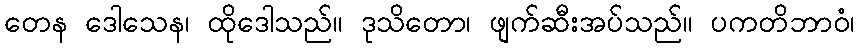
တေန ဒေါသေန၊ ထိုဒေါသည်။ ဒုသိတော၊ ဖျက်ဆီးအပ်သည်။ ပကတိဘာဝံ၊